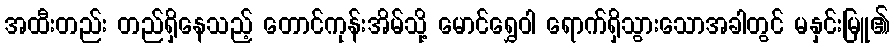
အထီးတည်း တည်ရှိနေသည့် တောင်ကုန်းအိမ်သို့ မောင်ရွှေဝါ ရောက်ရှိသွားသောအခါတွင် မနှင်းမြူ၏